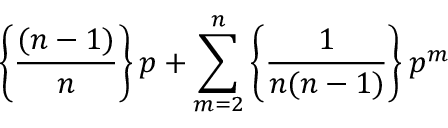
\left\{ \frac { ( n - 1 ) } { n } \right\} p + \sum _ { m = 2 } ^ { n } \left\{ \frac { 1 } { n ( n - 1 ) } \right\} p ^ { m }